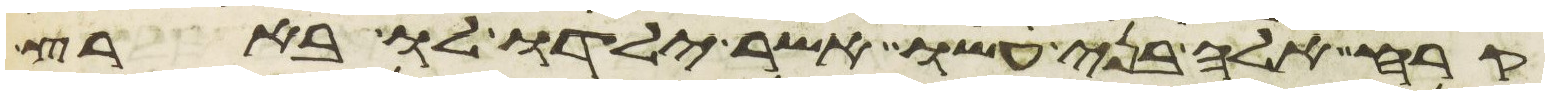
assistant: קרח אלה בני עשו אשר ילדו לו בארץ